Leaving Certificate Examination (including Day School Certificate (Higher) General paper), 1929
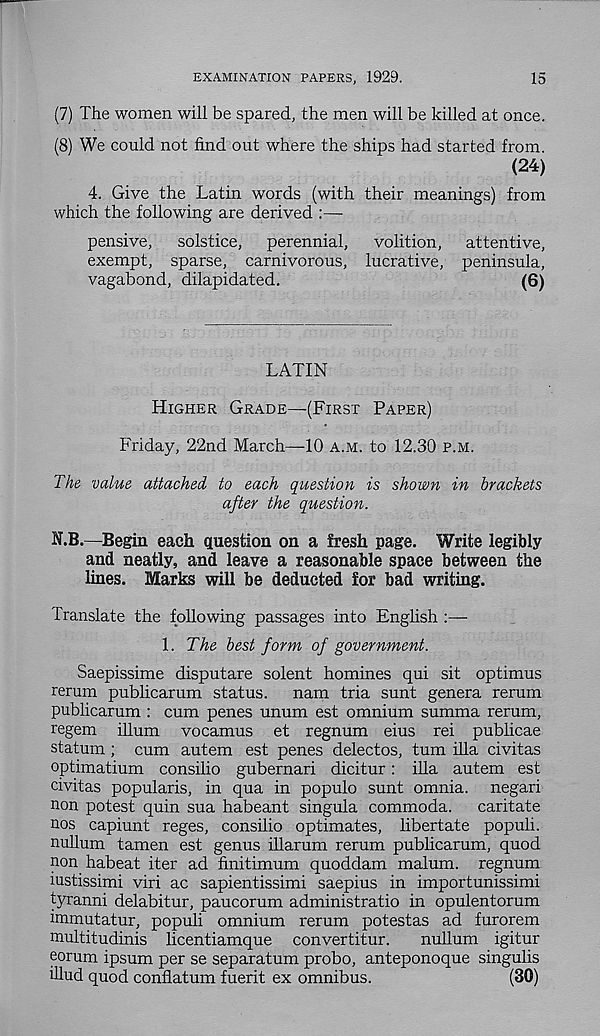
EXAMINATION PAPERS, 1929.
15
(7) The women will be spared, the men will be killed at once.
(8) We could not find out where the ships had started from.
(24)
4. Give the Latin words (with their meanings) from
which the following are derived :—
pensive, solstice, perennial, volition, attentive,
exempt, sparse, carnivorous, lucrative, peninsula,
vagabond, dilapidated.
(6)
LATIN
HIGHER GRADE—(FIRST PAPER)
Friday, 22nd March—10 A.M. to 12.30 P.M.
The value attached to each question is shown in brackets
after the question.
N.B.—Begin each question on a fresh page. Write legibly
and neatly, and leave a reasonable space between the
lines. Marks will be deducted for bad writing.
Translate the following passages into English :—
1. The best form of government.
Saepissime disputare solent homines qui sit optimus
rerum publicarum status, nam tria sunt genera rerum
publicarum : cum penes unum est omnium summa rerum,
regem ilium vocamus et regnum eius rei publicae
statum; cum autem est penes delectos, turn ilia civitas
optimatium consilio gubernari dicitur: ilia autem est
civitas popularis, in qua in populo sunt omnia, negari
non potest quin sua habeant singula commoda. caritate
nos capiunt reges, consilio optimales, libertate populi.
nullum tamen est genus illarum rerum publicarum, quod
non habeat iter ad finitimum quoddam malum, regnum
iustissimi viri ac sapientissimi saepius in importunissimi
tyranni delabitur, paucorum administratio in opulentorum
immutatur, populi omnium rerum potestas ad furorem
multitudinis licentiamque convertitur.
nullum igitur
eorum ipsum per se separatum probo, anteponoque singulis
illud quod confiatum fuerit ex omnibus.
(30)